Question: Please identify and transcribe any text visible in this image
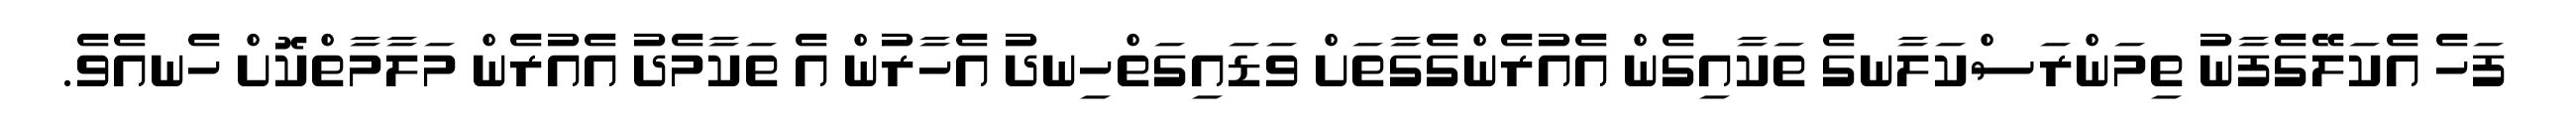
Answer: ފަހެ އެކަލޭގެފާނު ތިމަންރަސްކަލާނގެ ތަކާއިގެން އެއުރެންގެގާތަށް ވަޑައިގަތްހިނދު އެހާރުން އެ ތަކާމެދު އެއުރެން މަލާމާތްކޮށް ހެނއެވެ.